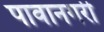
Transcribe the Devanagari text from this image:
पावानगरी